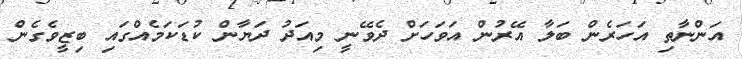
އަންނާތި އަހަރެން ބަލާ އޭރުން އަވަހަށް ދެވޭނީ މިއަދު ދަޔާން ކުޑަކަމެއްގައި ބިޒީވެގެން